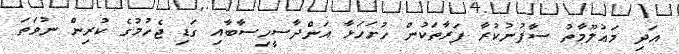
އަދި މަޢުލޫމާތު ސާފުނުކުރާ ފަރާތަކުން ހުށަހަޅާ އަންދާސީހިސާބާއި ގަޑި ޖެހުމުގެ ކުރިން ނުވަތަ